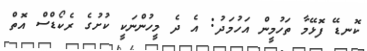
ކޮނޑޭ ފޮޅޭމާ ތަހުމީން އަހުމަދު: އެ ދެ މީހުންނަކީ ކުށުގެ ރެކޯޑްސް އޮތް